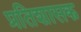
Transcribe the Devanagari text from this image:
प्रतिशासक